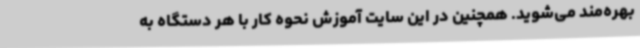
بهره‌مند می‌شوید. همچنین در این سایت آموزش نحوه کار با هر دستگاه به